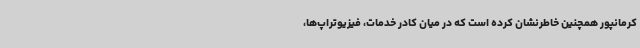
کرمانپور همچنین خاطرنشان کرده است که در میان کادر خدمات، فیزیوتراپ‌ها،